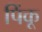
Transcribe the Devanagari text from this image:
पिंकू